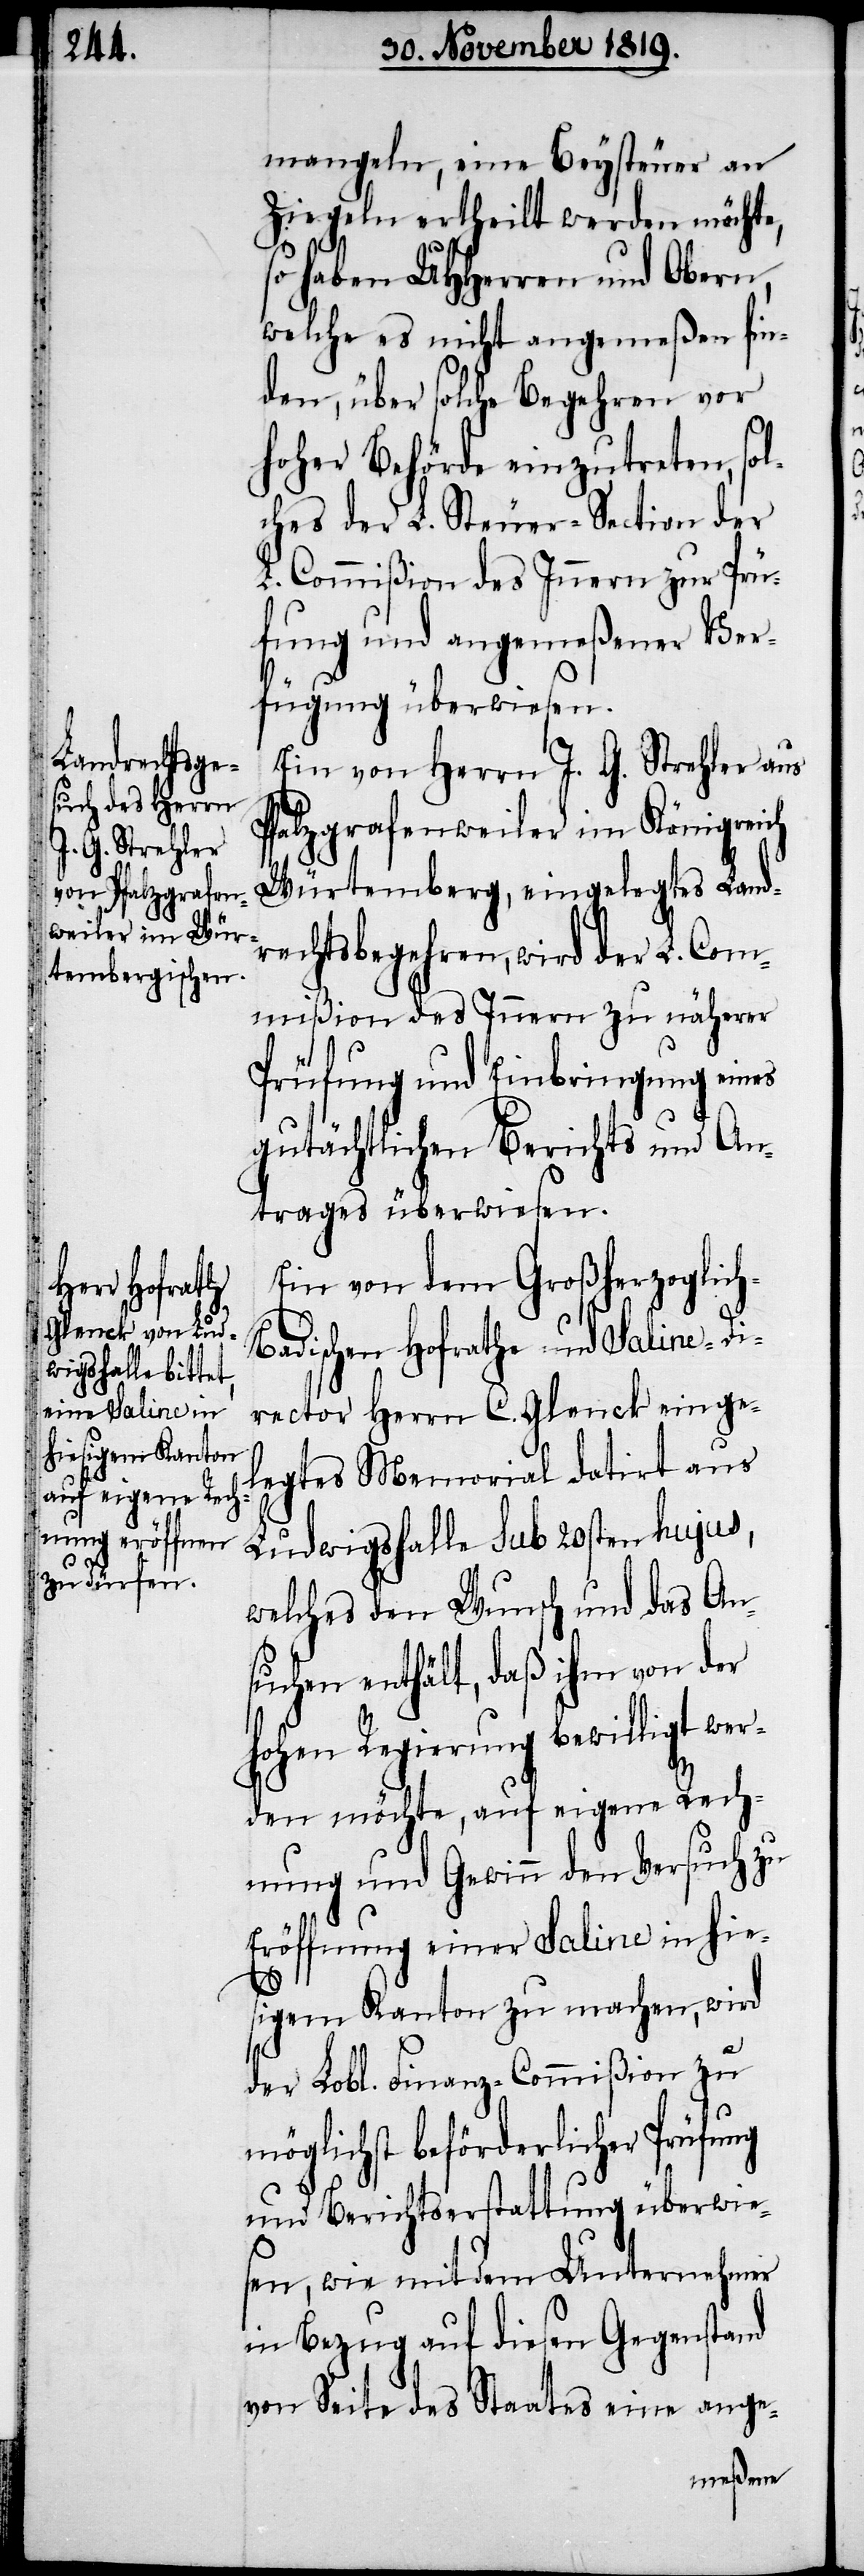
h-B¬

mangeln, eine Beysteuer an
Ziegeln ertheilt werden möchte,
so haben UHHerren und Obern,
welche es nicht angemeßen fin¬
den, über solche Begehren vor
hoher Behörde einzutreten, sol¬
ches der L. Steuer-Section der
L. Commißion des Innern zur Prü¬
fung und angemeßener Ver¬
fügung überwiesen.
Ein von Herrn J. G. Strehler aus
Pfalzgrafenweiler im Königreich
Würtemberg, eingelegtes Land¬
rechtsbegehren, wird der L. Com¬
mißion des Innern zu näherer
Prüfung und Einbringung eines
gutächtlichen Berichts und An¬
trages überwiesen.
Ein von dem Großherzoglic¬
adischen Hofrathe und Saline-Di¬
rector Herrn C. Glenck einge¬
legtes Memorial datirt aus
Ludwigshalle sub 20sten hujus,
welches den Wunsch und das An¬
suchen enthält, daß ihm von der
hohen Regierung bewilligt we¬
rden möchte, auf eigene Rech¬
nung und Gewinn den Versuch zu
Eröffnung einer Saline in hie¬
sigem Kanton zu machen, wird
der Lobl. Finanz-Commißion zu
möglichst beförderlicher Prüfung
und Berichtserstattung überwie¬
sen, wie mit dem Unternehmer
in Bezug auf diesen Gegenstand
von Seite des Staates eine ange-